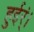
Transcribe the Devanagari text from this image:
हुईर्ं।